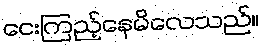
ငေးကြည့်နေမိလေသည်။